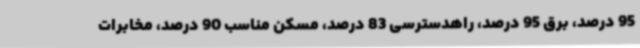
95 درصد، برق 95 درصد، راهدسترسی 83 درصد، مسکن مناسب 90 درصد، مخابرات